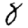
Digit: 8